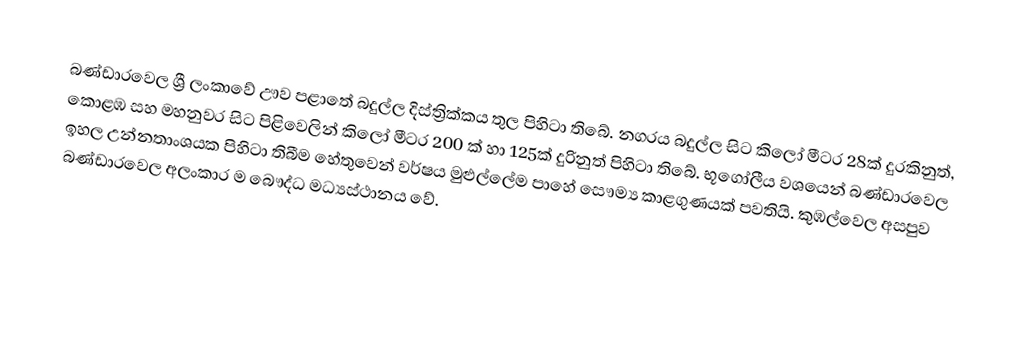
බණ්ඩාරවෙල ශ්‍රී ලංකාවේ ඌව පළාතේ බදුල්ල දිස්ත්‍රික්කය තුල පිහිටා තිබේ. නගරය බදුල්ල සිට කිලෝ මීටර 28ක් දුරකිනුත්, කොළඹ සහ මහනුවර සිට පිළිවෙලින් කිලෝ මීටර 200 ක් හා 125ක් දුරිනුත් පිහිටා තිබේ. භූගෝලීය වශයෙන් බණ්ඩාරවෙල ඉහල උන්නතාංශයක පිහිටා තිබීම හේතුවෙන් වර්ෂය මුළුල්ලේම පාහේ සෞම්‍ය කාළගුණයක් පවතියි. කුඹල්වෙල අසපුව බණ්ඩාරවෙල අලංකාර ම බෞද්ධ මධ්‍යස්ථානය වේ.